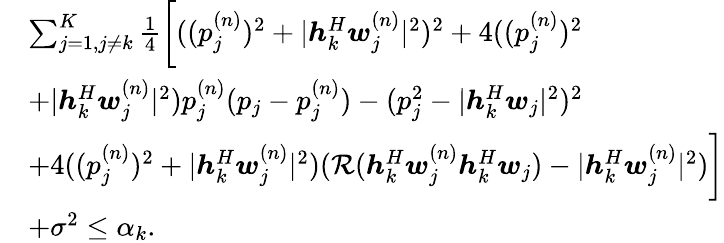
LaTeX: \begin{array}{rl}&{\sum_{j=1,j\neq k}^{K}\frac 14\bigg[((p_{j}^{(n)})^{2}+|\boldsymbol h_{k}^{H}\boldsymbol w_{j}^{(n)}|^{2})^{2}+4((p_{j}^{(n)})^{2}}\\ &{+|\boldsymbol h_{k}^{H}\boldsymbol w_{j}^{(n)}|^{2})p_{j}^{(n)}(p_{j}-p_{j}^{(n)})-(p_{j}^{2}-|\boldsymbol h_{k}^{H}\boldsymbol w_{j}|^{2})^{2}}\\ &{+4((p_{j}^{(n)})^{2}+|\boldsymbol h_{k}^{H}\boldsymbol w_{j}^{(n)}|^{2})(\mathcal R(\boldsymbol h_{k}^{H}\boldsymbol w_{j}^{(n)}\boldsymbol h_{k}^{H}\boldsymbol w_{j})-|\boldsymbol h_{k}^{H}\boldsymbol w_{j}^{(n)}|^{2})\bigg]}\\ &{+{\sigma^{2}}\leq{\alpha_{k}}.}\end{array}